Punjab Mental Hospital Lahore 1932-46 - 1932-1946
Year: 1932
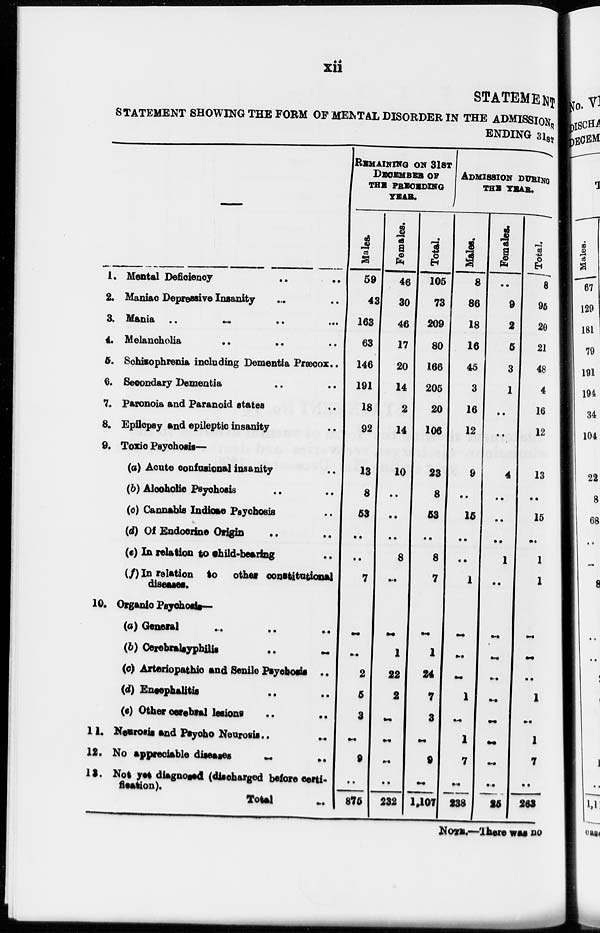
xii
STATEMENT
STATEMENT SHOWING THE FORM OF MENTAL DISORDER IN THE ADMISSIONS
ENDING 31ST
—
1. Mental Deficiency .. ..
2. Maniac Depressive Insanity .. ..
3. Mania
..
..
..
..
4. Melancholia
..
.. ..
6. Schisophrenia including Dementia Præcox ..
6. Secondary Dementia .. ..
7. Paronoia and Paranoid states ..
8. Epilepsy and epileptic insanity ..
9. Toxic Psychosis—
(a) Acute confusional insanity ..
(b) Alcoholic Psychosis .. ..
(c) Cannabis Indicae Psychosis ..
(d) Of Endocrine Origin .. ..
(e) In relation to child-bearing ..
(f) In relation to other constitutional
diseases.
10. Organic Psychosis—
(a) General .. .. ..
(b)
Cerebralsyphilis
..
..
(c) Arteriopathic and Senile Psychosis ..
(d) Ensephalitis .. ..
(e) Other cerebral lesions .. ..
11. Neurosis and Psycho Neurosis ..
..
12. No appreciable diseases
..
..
13. Not yet diagnosed (discharged before certi-
fication).
Total ..
REMAINING ON 31ST
DECEMBER OF
THE PRECEDING
YEAR.
Males.
59
43
163
63
146
191
18
92
13
8
53
..
..
7
..
..
2
5
3
..
9
..
875
Females.
46
30
46
17
20
14
2
14
10
..
..
..
8
..
..
1
22
2
..
..
..
..
232
Total.
105
73
209
80
166
205
20
106
23
8
53
..
8
7
..
1
24
7
3
..
9
..
1,107
ADMISSION DURING
THE YEAR.
Males.
8
86
18
16
45
3
16
12
9
..
15
..
..
1
..
..
..
1
..
1
7
..
238
Females.
..
9
2
5
3
1
..
..
4
..
..
..
1
..
..
..
..
..
..
..
..
..
25
Total.
8
95
20
21
48
4
16
12
13
..
15
..
1
1
..
..
..
1
..
1
7
..
263
NOTE.—There was no